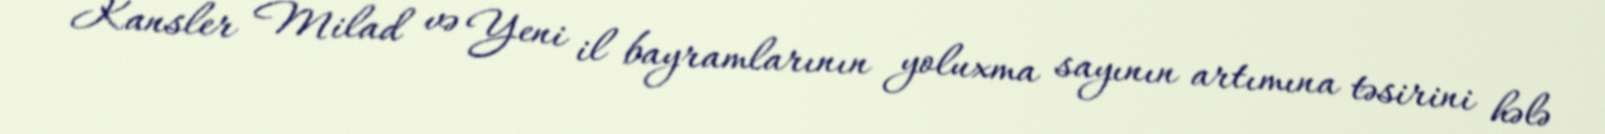
Kansler Milad və Yeni il bayramlarının yoluxma sayının artımına təsirini hələ